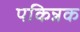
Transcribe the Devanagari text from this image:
पकिन्नक